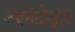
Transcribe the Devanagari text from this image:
आनंदोद्गार